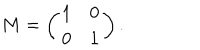
LaTeX: M = \left( \begin{array} { l l } { { 1 } } & { { 0 } } \\ { { 0 } } & { { 1 } } \\ \end{array} \right) .